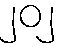
၂၀၂